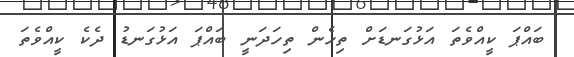
ބައްޕަ ކީއްވެތަ އަޅުގަނޑަށް ތިހެން ތިހަދަނީ ބައްޕަ އަޅުގަނޑު ދެކެ ކީއްވެތަ